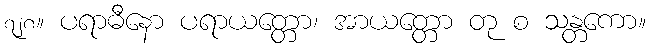
၇၂၈။ ပရာဓီနော ပရာယတ္တော၊ အာယတ္တော တု စ သန္တကော။